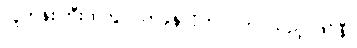
လူတန်းကြီးထဲတွင် ကခုန်လိုက်ပါလာ သည့် ဖဲင်နီ။